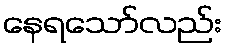
နေရသော်လည်း